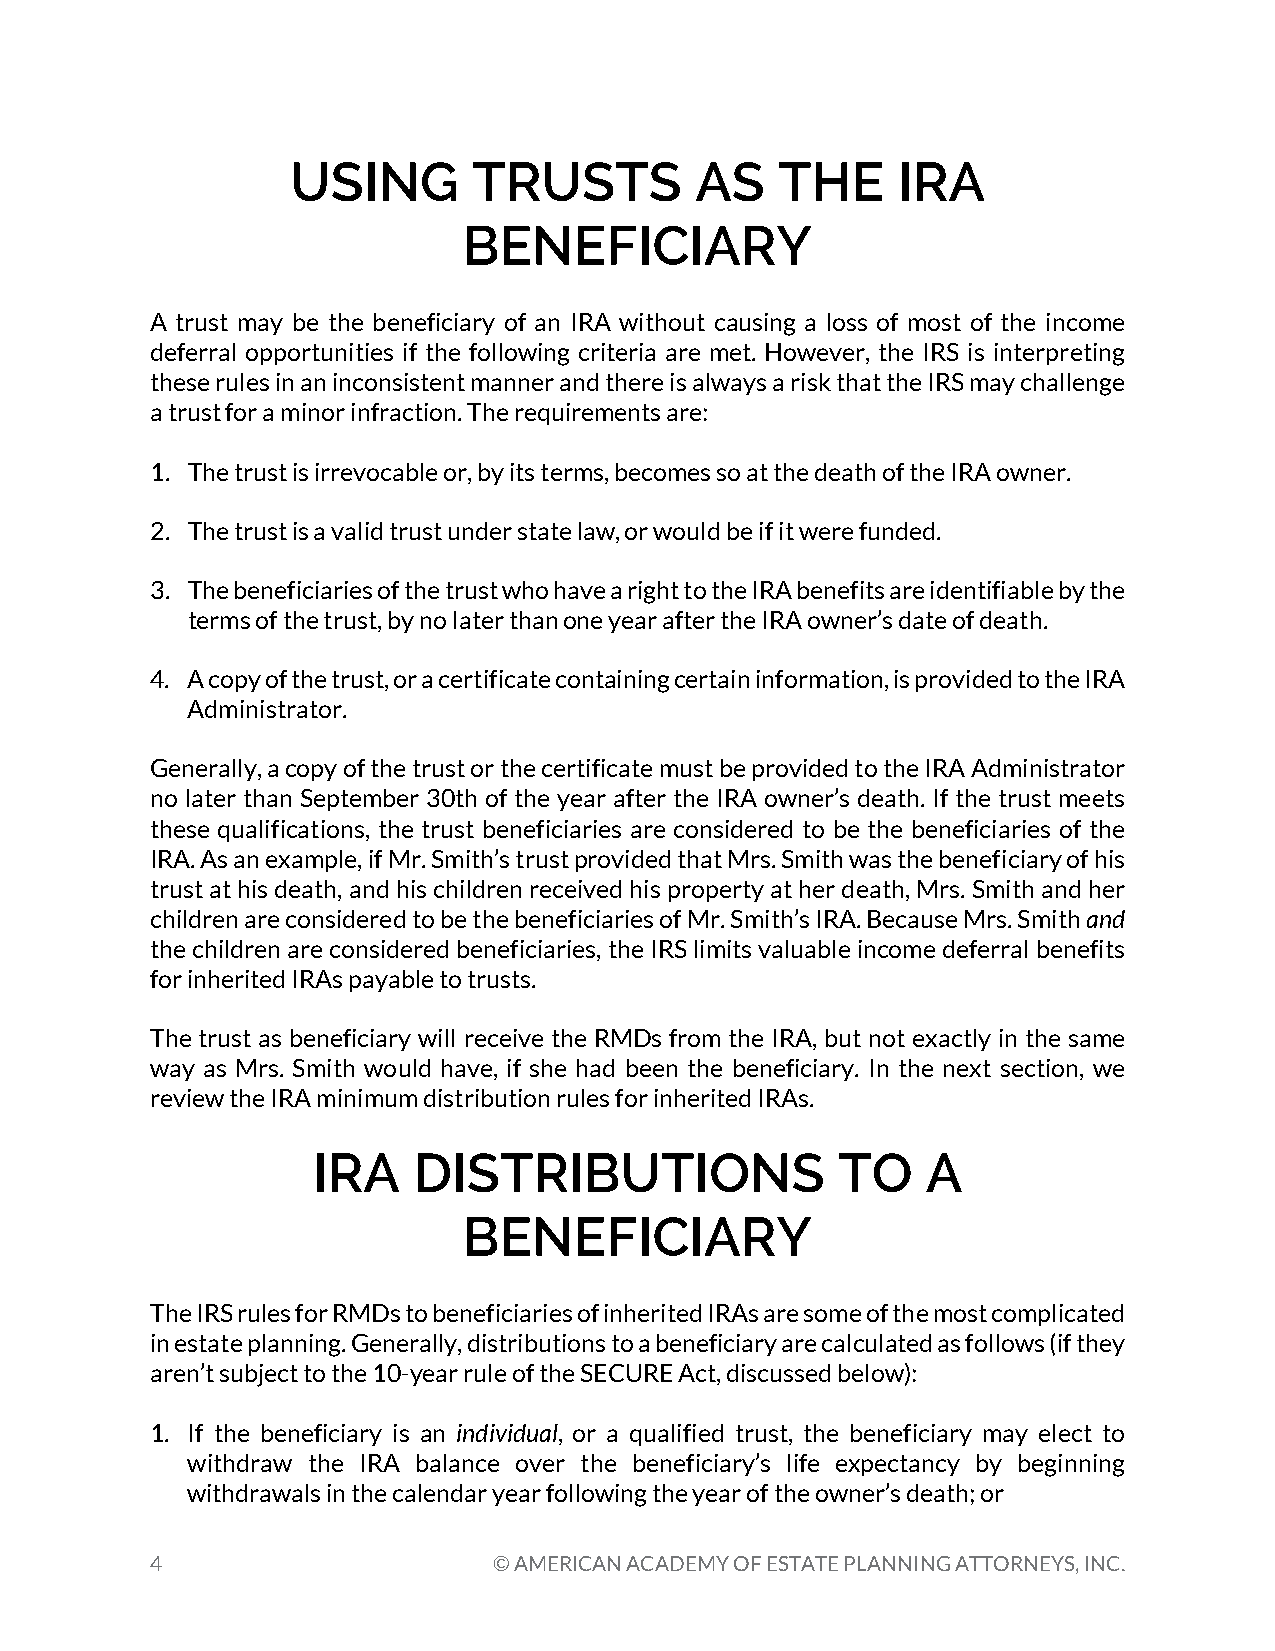
USING       TRUSTS         AS    THE    IRA
 BENEFICIARY
 A trust may be the beneficiary of an IRA without causing a loss of most of the income
 deferral opportunities if the following criteria are met. However, the IRS is interpreting
 these rules in an inconsistent manner and there is always a risk that the IRS may challenge
 a trust for a minor infraction. The requirements are:
 1. The trust is irrevocable or, by its terms, becomes so at the death of the IRA owner.
 2. The trust is a valid trust under state law, or would be if it were funded.
 3. The beneficiaries of the trust who have a right to the IRA benefits are identifiable by the
 terms of the trust, by no later than one year after the IRA owner’s date of death.
 4. A copy of the trust, or a certificate containing certain information, is provided to the IRA
 Administrator.
 Generally, a copy of the trust or the certificate must be provided to the IRA Administrator
 no later than September 30th of the year after the IRA owner’s death. If the trust meets
 these qualifications, the trust beneficiaries are considered to be the beneficiaries of the
 IRA. As an example, if Mr. Smith’s trust provided that Mrs. Smith was the beneficiary of his
 trust at his death, and his children received his property at her death, Mrs. Smith and her
 children are considered to be the beneficiaries of Mr. Smith’s IRA. Because Mrs. Smith and
 the children are considered beneficiaries, the IRS limits valuable income deferral benefits
 for inherited IRAs payable to trusts.
 The trust as beneficiary will receive the RMDs from the IRA, but not exactly in the same
 way as Mrs. Smith would have, if she had been the beneficiary. In the next section, we
 review the IRA minimum distribution rules for inherited IRAs.
 IRA   DISTRIBUTIONS               TO    A
 BENEFICIARY
 The IRS rules for RMDs to beneficiaries of inherited IRAs are some of the most complicated
 in estate planning. Generally, distributions to a beneficiary are calculated as follows (if they
 aren’t subject to the 10-year rule of the SECURE Act, discussed below):
 1. If the beneficiary is an individual, or a qualified trust, the beneficiary may elect to
 withdraw the IRA balance over the beneficiary’s life expectancy by beginning
 withdrawals in the calendar year following the year of the owner’s death; or
 4                      © AMERICAN ACADEMY OF ESTATE PLANNING ATTORNEYS, INC.